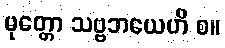
မုတ္တော သဗ္ဗဘယေဟိ စ။